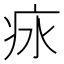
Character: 㽷